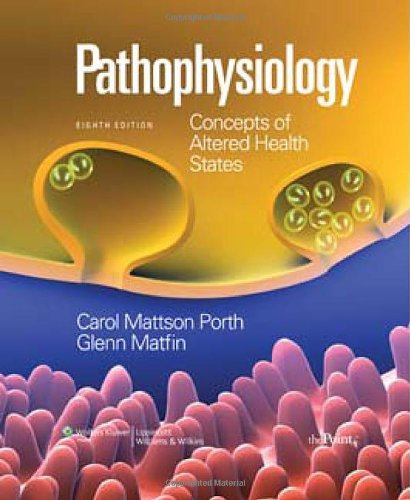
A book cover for Pathophysiology: Concepts of Altered Health States, 8th Edition; Carol Mattson Porth; Medical Books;